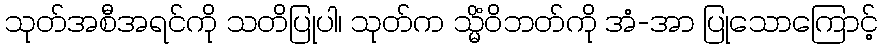
သုတ်အစီအရင်ကို သတိပြုပါ၊ သုတ်က သ္မိံဝိဘတ်ကို အံ-အာ ပြုသောကြောင့်